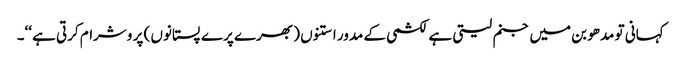
کہانی تو مدھو بن میں جنم لیتی ہے لکشمی کے مدور استنوں ( بھرے پرے پستانوں ) پر وشرام کرتی ہے ‘‘۔